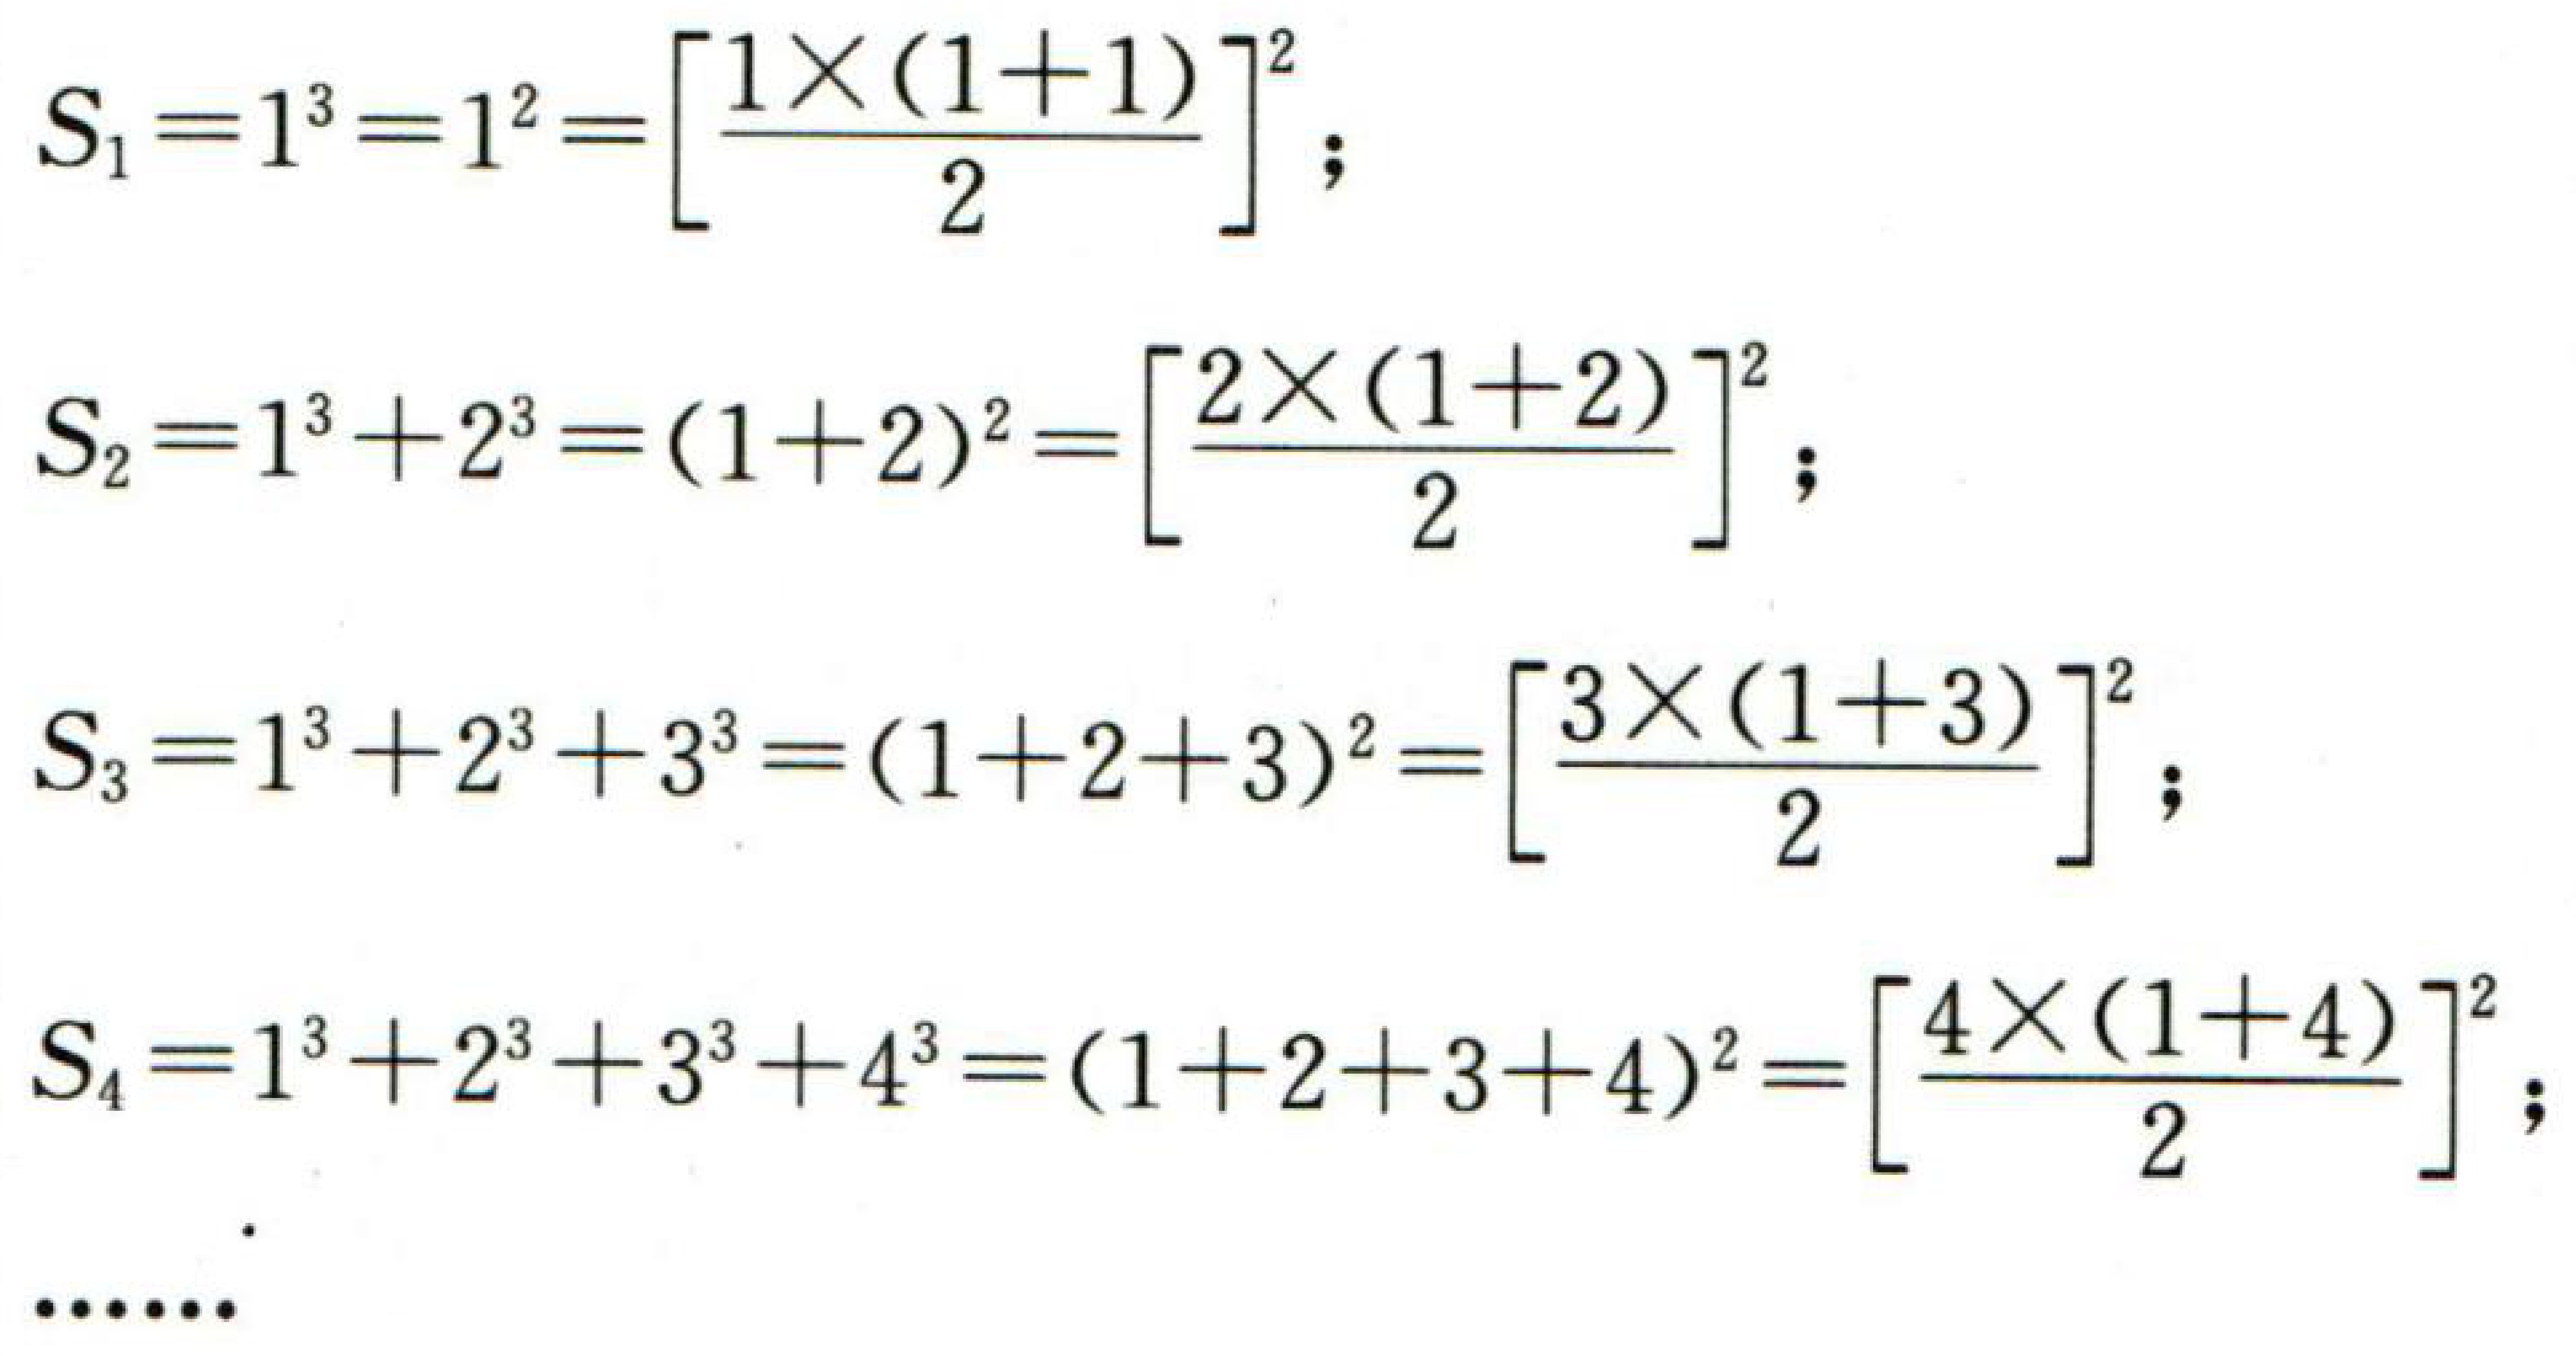
\(S_{1}=1^{3}=1^{2}=\left[\dfrac{1\times(1 + 1)}{2}\right]^{2}\);
\(S_{2}=1^{3}+2^{3}=(1 + 2)^{2}=\left[\dfrac{2\times(1 + 2)}{2}\right]^{2}\);
\(S_{3}=1^{3}+2^{3}+3^{3}=(1 + 2+3)^{2}=\left[\dfrac{3\times(1 + 3)}{2}\right]^{2}\);
\(S_{4}=1^{3}+2^{3}+3^{3}+4^{3}=(1 + 2+3 + 4)^{2}=\left[\dfrac{4\times(1 + 4)}{2}\right]^{2}\);
\(\cdots\cdots\)